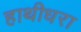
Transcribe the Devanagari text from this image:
हाथीधरा